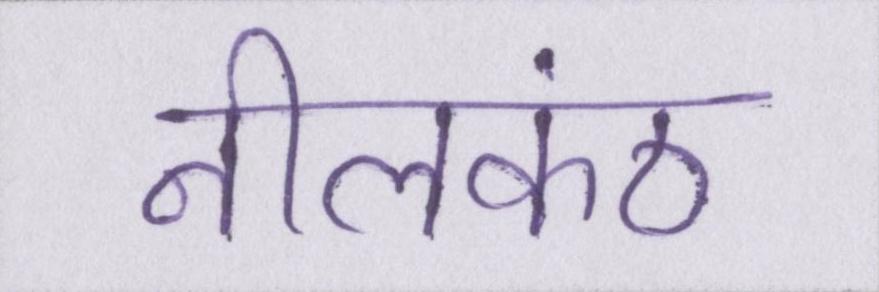
नीलकंठ